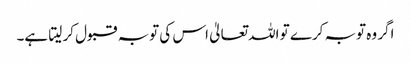
اگر وہ توبہ کرے تو اللہ تعالیٰ اس کی توبہ قبول کر لیتا ہے۔